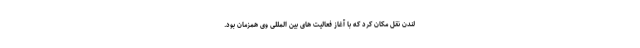
لندن نقل مکان کرد که با آغاز فعالیت های بین المللی وی همزمان بود.